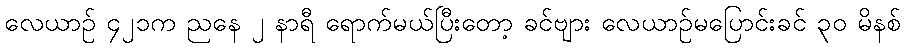
လေယာဉ် ၄၂၁က ညနေ ၂ နာရီ ရောက်မယ်ပြီးတော့ ခင်ဗျား လေယာဉ်မပြောင်းခင် ၃၀ မိနစ်